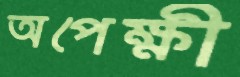
অপেক্ষী